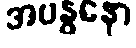
အဗန္ဓနော